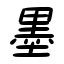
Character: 墨